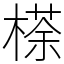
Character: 𣘻